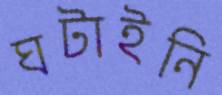
ঘটাইনি